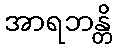
အာရဘန္တိ